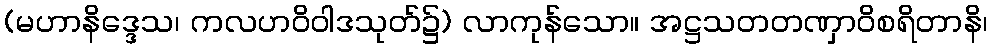
(မဟာနိဒ္ဒေသ၊ ကလဟဝိဝါဒသုတ်၌) လာကုန်သော။ အဋ္ဌသတတဏှာဝိစရိတာနိ၊